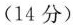
(14分)